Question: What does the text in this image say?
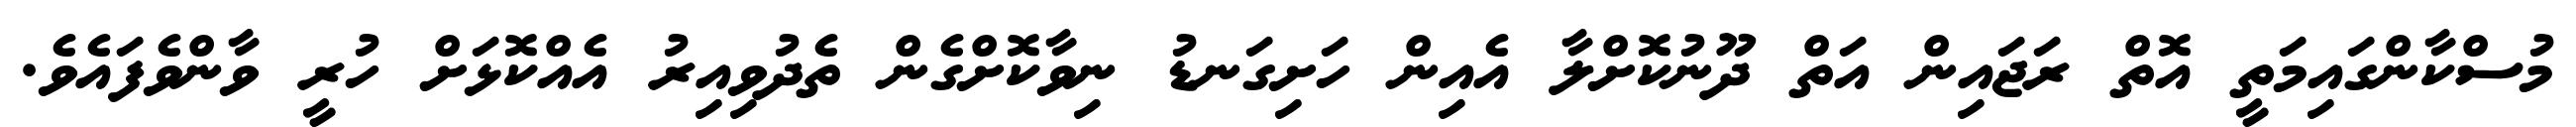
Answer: މުސްކާންގައިމަތީ އޮތް ރަޖައިން އަތް ދޫނުކޮށްލާ އެއިން ހަށިގަނޑު ނިވާކޮށްގެން ތެދުވިއިރު އެއްކޮޅަށް ހުރީ ވާންވެފައެވެ.